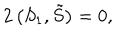
2 \left( S _ { 1 } , \tilde { S } \right) = 0 ,